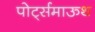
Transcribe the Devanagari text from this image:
पोर्ट्समाऊथ